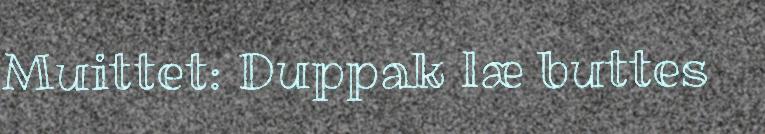
Muittet: Duppak læ buttes